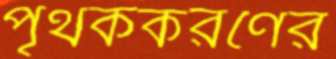
পৃথককরণের